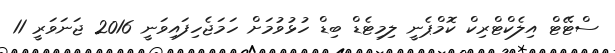
ސްޓޭޓް އިލެކްޓްރިކް ކޮމްޕެނީ ލިމިޓެޑް ބިޑް ހުޅުވުމަށް ހަމަޖެހިފައިވަނީ 2016 ޖަނަވަރީ 11